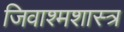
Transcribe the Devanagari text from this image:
जिवाश्मशास्त्र